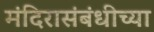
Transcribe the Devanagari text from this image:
मंदिरासंबंधीच्या